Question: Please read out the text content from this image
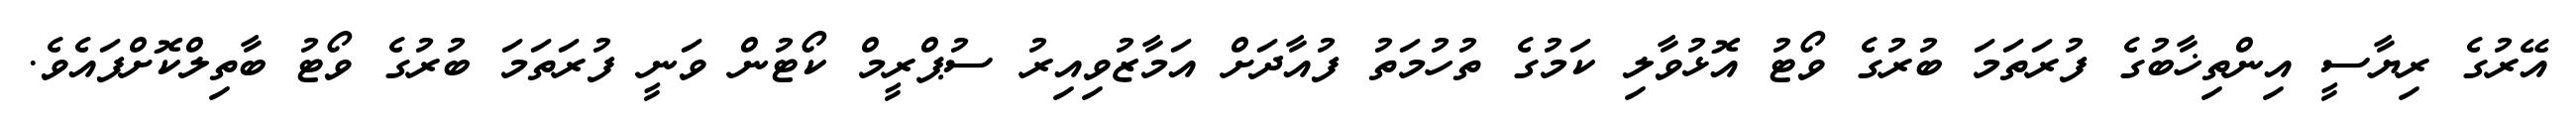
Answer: އޭރުގެ ރިޔާސީ އިންތިޚާބުގެ ފުރަތަމަ ބުރުގެ ވޯޓު އޮޅުވާލި ކަމުގެ ތުހުމަތު ފުއާދަށް އަމާޒުވިއިރު ސުޕްރީމް ކޯޓުން ވަނީ ފުރަތަމަ ބުރުގެ ވޯޓު ބާތިލްކޮށްފައެވެ.